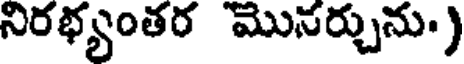
నిరభ్యంతర మొనర్చును.)